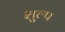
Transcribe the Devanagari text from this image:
शुल्प